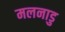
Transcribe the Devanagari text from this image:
मलनाडु